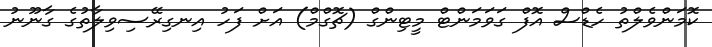
ކޮމަންވެލްތު ހެޑްސް އޮފް ގަވަމަންޓް މީޓިންގް (ޗޮގްމް) އަށް ފަހު އިނގިރޭސިވިލާތުގެ ގާނޫނު